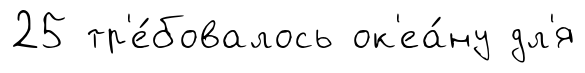
25 тр'е́бовалось ок'еа́ну дл'я